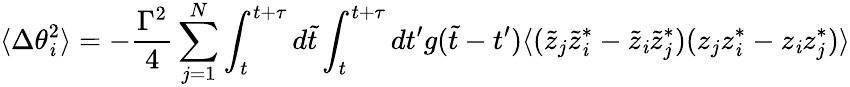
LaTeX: \langle\Delta\theta_{\mathit{i}}^{2}\rangle=-{\frac{{\Gamma^{2}}}{{4}}}\sum_{j=1}^{N}\int_{t}^{t+\tau}d\tilde{{t}}\int_{t}^{t+\tau}dt^{\prime}g(\tilde{{t}}-t^{\prime})\langle(\tilde{{z}}_{j}\tilde{{z}}_{\mathit{i}}^{*}-\tilde{{z}}_{\mathit{i}}\tilde{{z}}_{j}^{*})(z_{j}z_{\mathit{i}}^{*}-z_{\mathit{i}}z_{j}^{*})\rangle